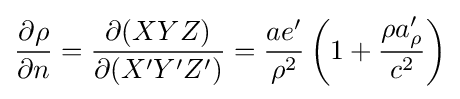
{\frac {\partial \rho }{\partial n}}={\frac {\partial (XYZ)}{\partial (X'Y'Z')}}={\frac {ae'}{\rho ^{2}}}\left(1+{\frac {\rho a'_{\rho }}{c^{2}}}\right)